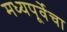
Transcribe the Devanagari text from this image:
मध्यपूर्वेचा